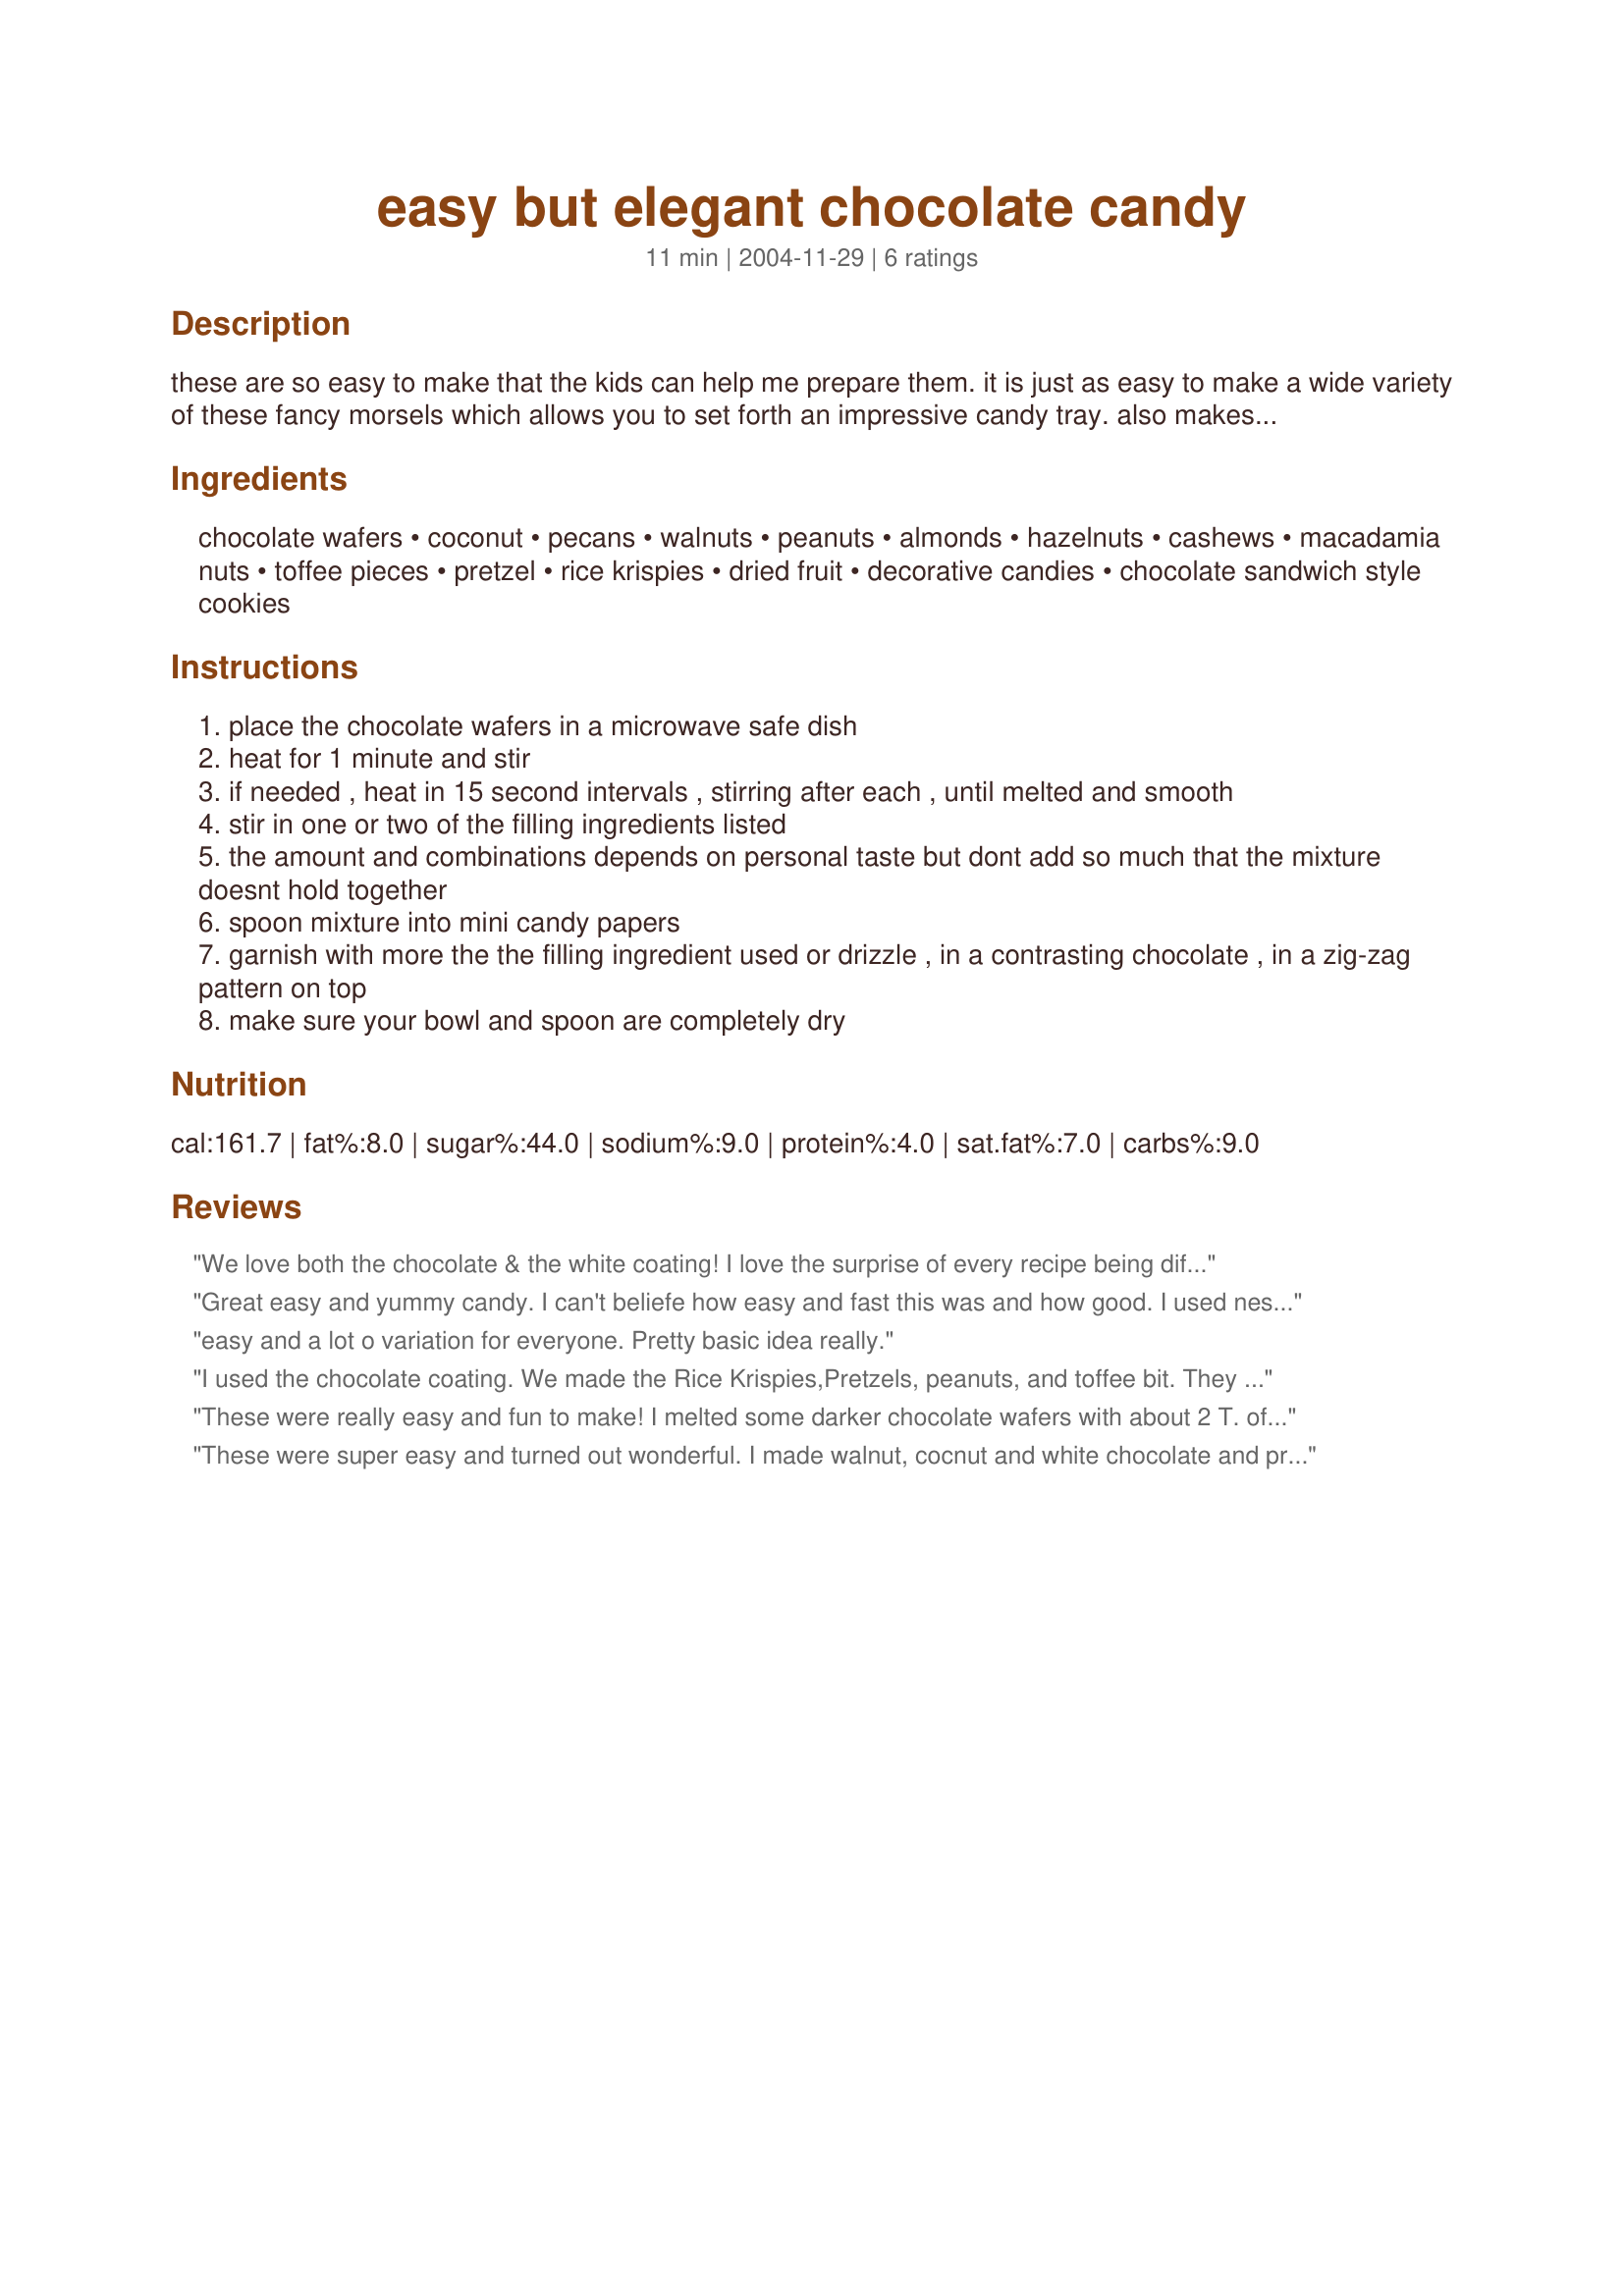
easy but elegant chocolate candy
Preparation time: 11 minutes

these are so easy to make that the kids can help me prepare them. it is just as easy to make a wide variety of these fancy morsels which allows you to set forth an impressive candy tray. also makes an excellent gift. i prefer to work in small batches but the recipe can certainly be doubled or tripled.

Ingredients:
chocolate wafers, coconut, pecans, walnuts, peanuts, almonds, hazelnuts, cashews, macadamia nuts, toffee pieces, pretzel, rice krispies, dried fruit, decorative candies, chocolate sandwich style cookies

Steps:
place the chocolate wafers in a microwave safe dish
heat for 1 minute and stir
if needed , heat in 15 second intervals , stirring after each , until melted and smooth
stir in one or two of the filling ingredients listed
the amount and combinations depends on personal taste but dont add so much that the mixture doesnt hold together
spoon mixture into mini candy papers
garnish with more the the filling ingredient used or drizzle , in a contrasting chocolate , in a zig-zag pattern on top
make sure your bowl and spoon are completely dry

Reviews:
We love both the chocolate & the white coating! I love the surprise of every recipe being different depending upon what I add. We like coconut, apricot, cranberries and mixed nuts & rice chex. Thanks so much for sharing this!
Great easy and yummy candy. I can't beliefe how easy and fast this was and how good. I used nestle chocolate chips and added my kids and my favorite ingredients to the chocolate. We use rice krispies, peanut butter chips, crushed candy canes, pecans, mixed both marshmellows and peanuts for a rocky road candy. Thanks for sharing such a simple but great receipe.
easy and a lot o variation for everyone. Pretty basic idea really.
I used the chocolate coating. We made the Rice Krispies,Pretzels, peanuts, and toffee bit. They were very good. We liked the Rice Krispies the best. Thanks for posting this recipe. I will be making these many many more times.
These were really easy and fun to make! I melted some darker chocolate wafers with about 2 T. of peanut butter and they turned out really yummy. I topped those with pb chips. I also made dark chocolate with butter rum lifesavers, white chocolate with candy canes, and white chocolate with dried cherries. Thanks for the idea, Marg!
These were super easy and turned out wonderful. I made walnut, cocnut and white chocolate and pretzel. I will make again. thank-you
